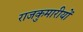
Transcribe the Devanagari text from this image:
राजकुमारीयों